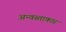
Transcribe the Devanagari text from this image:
अन्वस्ताकार